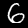
Digit: 6